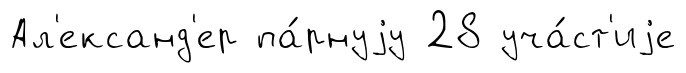
Ал'ександ'ер па́рнуjу 28 уча́ст'иjе